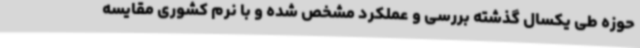
حوزه طی یکسال گذشته بررسی و عملکرد مشخص شده و با نرم کشوری مقایسه